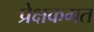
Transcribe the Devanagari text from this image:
प्रेक्षकगत